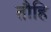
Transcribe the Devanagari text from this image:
तौहि